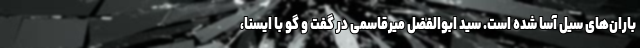
باران‌های سیل آسا شده است. سید ابوالفضل میرقاسمی در گفت و گو با ایسنا،